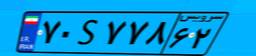
۷۰S۷۷۸۶۲